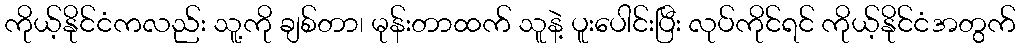
ကိုယ့်နိုင်ငံကလည်း သူ့ကို ချစ်တာ၊ မုန်းတာထက် သူနဲ့ ပူးပေါင်းပြီး လုပ်ကိုင်ရင် ကိုယ့်နိုင်ငံအတွက်